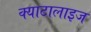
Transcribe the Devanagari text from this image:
क्याटालाइज